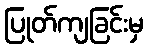
ပြုတ်ကျခြင်းမှ